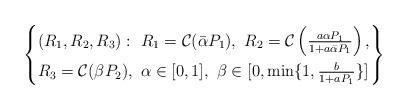
LaTeX: \begin{align*}\left\{\begin{aligned}&(R_1,R_2,R_3):\ R_1=\mathcal{C}(\bar{\alpha}P_1),\ R_2=\mathcal{C}\left(\tfrac{a\alpha P_1}{1+a\bar{ \alpha}P_1}\right),\\&R_3=\mathcal{C}(\beta P_2),\ \alpha\in[0,1],\ \beta\in[0,\min\{1,\tfrac{b}{1+aP_1}\}]\end{aligned}\right\}\end{align*}